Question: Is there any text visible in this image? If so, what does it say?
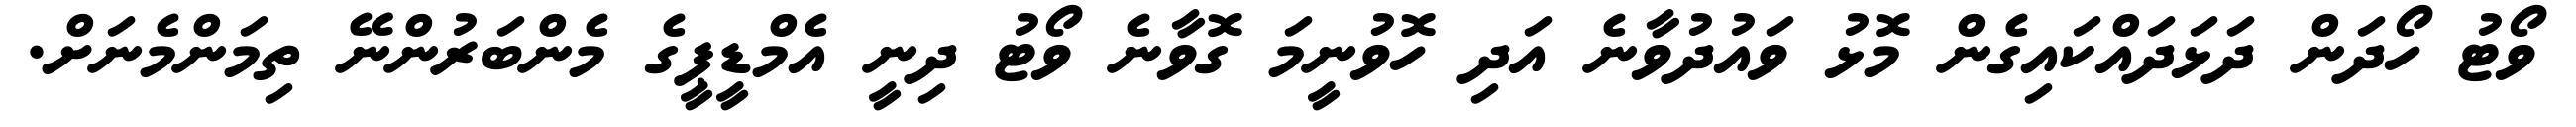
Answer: ވޯޓު ހޯދަން ދަޅަދައްކައިގެން މޮޅު ވައުދުވާނެ އަދި ހޮވުނީމަ ގޮވާނެ ވޯޓު ދިނީ އެމްޑީޕީގެ މެންބަރުންނޭ ތިމަންމެނަށް.